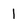
Character: 1